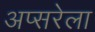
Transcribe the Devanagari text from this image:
अप्सरेला